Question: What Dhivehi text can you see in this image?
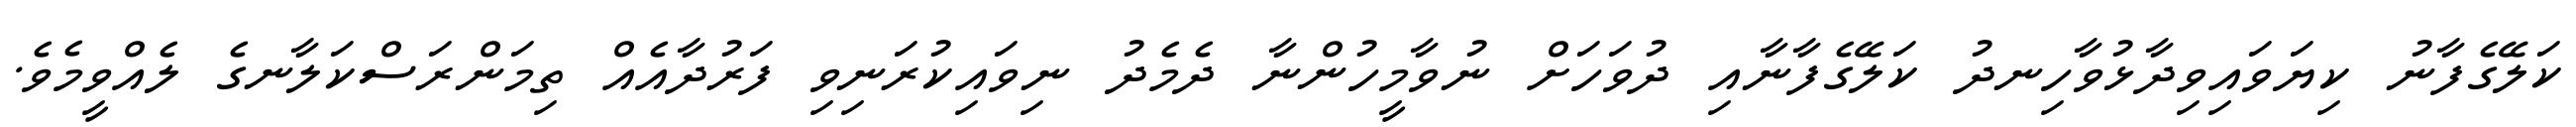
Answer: ކަލޭގެފާނު ކިޔަވައިވިދާޅުވާހިނދު ކަލޭގެފާނާއި ދުވަހަށް ނުވާމީހުންނާ ދެމެދު ނިވައިކުރަނިވި ފަރުދާއެއް ތިމަންރަސްކަލާނގެ ލެއްވީމެވެ.